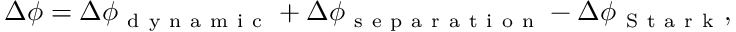
\Delta \phi = \Delta \phi _ { \mathrm { ~ d ~ y ~ n ~ a ~ m ~ i ~ c ~ } } + \Delta \phi _ { \mathrm { ~ s ~ e ~ p ~ a ~ r ~ a ~ t ~ i ~ o ~ n ~ } } - \Delta \phi _ { \mathrm { ~ S ~ t ~ a ~ r ~ k ~ } } ,